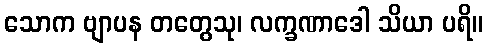
သောက ဗျာပန တတွေသု၊ လက္ခဏာဒေါ သိယာ ပရိ။